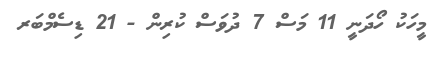
މީހަކު ހޯދަނީ 11 މަސް 7 ދުވަސް ކުރިން - 21 ޑިސެމްބަރ